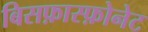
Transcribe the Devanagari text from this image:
बिसफ़ास्फ़ोनेट